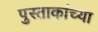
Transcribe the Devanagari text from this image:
पुस्ताकांच्या